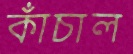
কাঁচাল